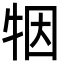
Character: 㸶